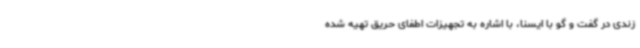
زندی در گفت و گو با ایسنا، با اشاره به تجهیزات اطفای حریق تهیه شده